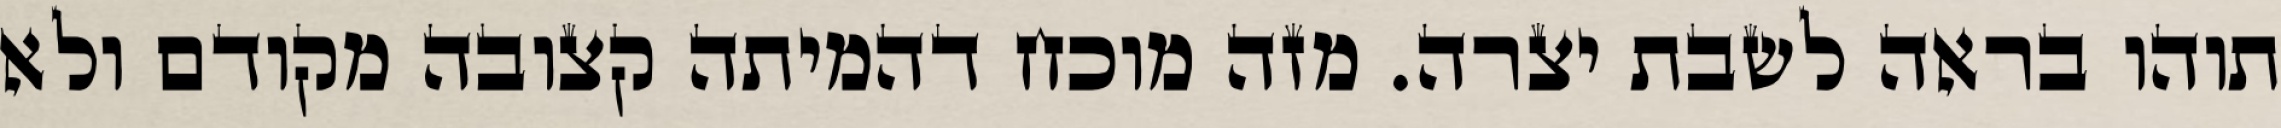
תוהו בראה לשבת יצרה. מזה מוכח דהמיתה קצובה מקודם ולא